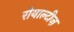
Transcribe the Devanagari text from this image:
रोयाल्टीज़